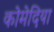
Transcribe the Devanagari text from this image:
कोमेदिया